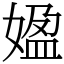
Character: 𡟚